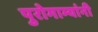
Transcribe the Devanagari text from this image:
पुरोगाम्यांनी